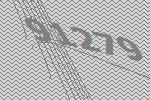
91279